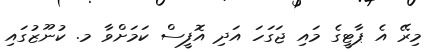
މިރޭ އެ ޕާޓީގެ މައި ޖަގަހަ އަދި އޮފީސް ކަމަށްވާ މ. ކުނޫޒުގައި